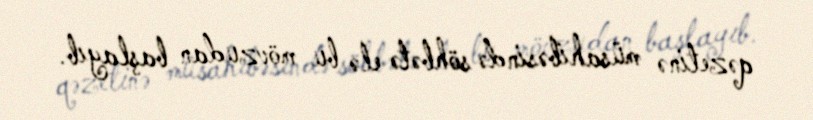
qəzetinə müsahibəsində söhbətə elə bu mövzudan başlayıb.